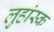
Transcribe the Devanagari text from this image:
लुहांस्क